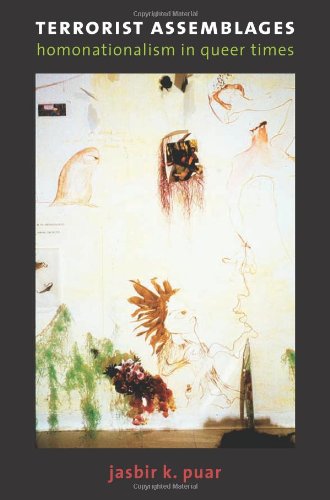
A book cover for Terrorist Assemblages: Homonationalism in Queer Times (Next Wave: New Directions in Women's Studies); Jasbir Puar; Gay & Lesbian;